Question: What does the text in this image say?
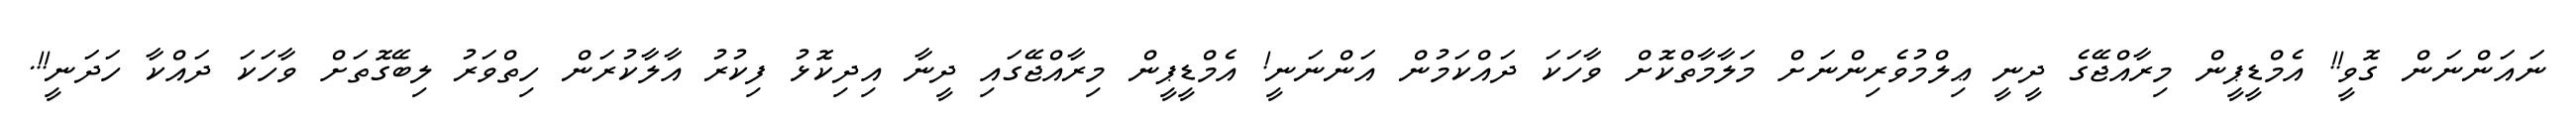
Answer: ނައަންނަން ގޮވީ!! އެމްޑީޕީން މިރާއްޖޭގެ ދީނީ ޢިލްމުވެރިންނަށް މަލާމާތްކޮށް ވާހަކަ ދައްކަމުން އަންނަނީ! އެމްޑީޕީން މިރާއްޖޭގައި ދީނާ އިދިކޮޅު ފިކުރު އާލާކުރަން ހިތްވަރު ލިބޭގޮތަށް ވާހަކަ ދައްކާ ހަދަނީ!!.